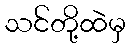
သင်တို့ထဲမှ